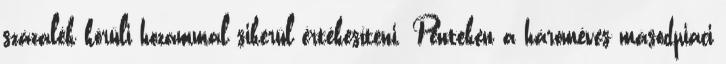
százalék körüli hozammal sikerül értékesíteni. Pénteken a hároméves másodpiaci